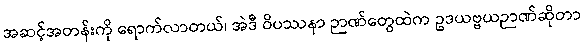
အဆင့်အတန်းကို ရောက်လာတယ်၊ အဲဒီ ဝိပဿနာ ဉာဏ်တွေထဲက ဥဒယဗ္ဗယဉာဏ်ဆိုတာ